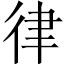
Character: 律